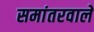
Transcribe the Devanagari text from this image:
समांतरवाले